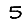
Digit: 5